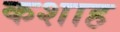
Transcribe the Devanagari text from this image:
कशाह